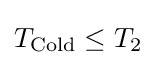
T_{\text{Cold}}\leq T_{2}